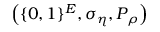
\left( \{ 0 , 1 \} ^ { E } , \sigma _ { \eta } , P _ { \rho } \right)